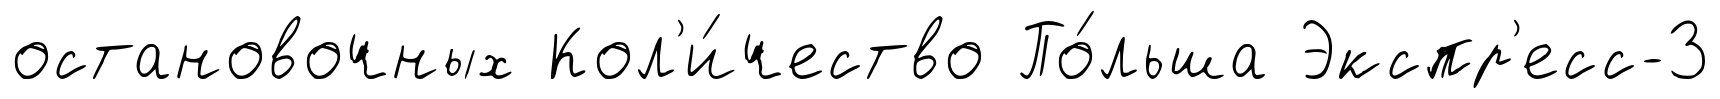
остановочных Кол'и́чество По́льша Экспр'есс-3